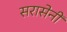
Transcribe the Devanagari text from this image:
सरासेनी